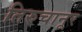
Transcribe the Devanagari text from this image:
तिरुचानूर